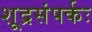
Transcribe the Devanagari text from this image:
शूद्रसंपर्कः